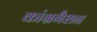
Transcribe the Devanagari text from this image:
कांग्रगैशन